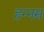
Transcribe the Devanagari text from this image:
हन्नस